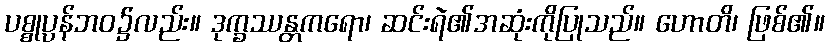
ပစ္စုပ္ပန်ဘဝ၌လည်း။ ဒုက္ခဿန္တကရော၊ ဆင်းရဲ၏အဆုံးကိုပြုသည်။ ဟောတိ၊ ဖြစ်၏။